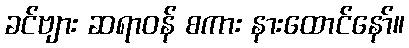
ခင်ဗျား ဆရာဝန် စကား နားထောင်နော်။